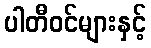
ပါတီဝင်များနှင့်